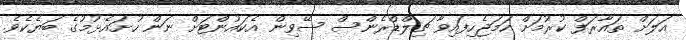
އަލަށް ތައާރަފް ކުރުމަށް ހަމަޖެހިފައިވާ ޗިލްޑްރެންސް ސޭވިން އެކައުންޓަށް ނަން ހުށައެޅުމުގެ ބަޔެކެވެ.